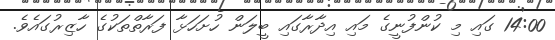
14:00 ގައި މި ކުންފުނީގެ މައި އިދާރާގައި ބީލަން ހުށަހަޅާ ފަރާތްތަކުގެ ހާޒިރުގައެވެ.